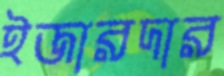
ইজারদার